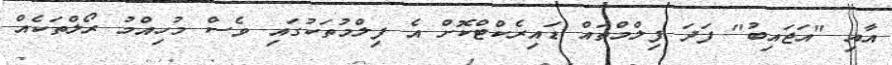
އާއި "އަޖައިބު" ފަދަ ފިލްމްތައް ޑައިރެކްޓްކޮށް އެ ފިލްމުތަކުގައި ވެސް މުހިއްމު ރޯލްތަކެއް